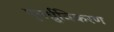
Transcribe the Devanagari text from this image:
पुनर्ध्रुविकरण